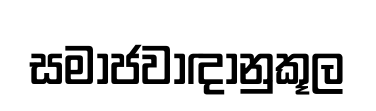
සමාජවාඳානුකූල